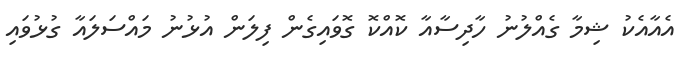
އެއާއެކު ޝިމާ ގެއްލުނު ހާދިސާއާ ކޮއްކޮ ގޮވައިގެން ފިލަން އުޅުނު މައްސަލައާ ގުޅުވައި